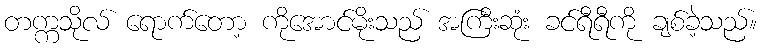
တက္ကသိုလ် ရောက်တော့ ကိုအောင်မိုးသည် အကြီးဆုံး ခင်ရီရီကို ချစ်ခဲ့သည်။